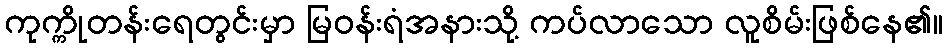
ကုက္ကိုတန်းရေတွင်းမှာ မြဝန်းရံအနားသို့ ကပ်လာသော လူစိမ်းဖြစ်နေ၏။